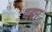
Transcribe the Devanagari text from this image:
य्ह्या